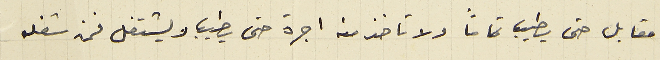
مقابل حتى يطيب تماماً ولا تاخذ منه اجرة حتى يطيب ويشتغل فمن شغله